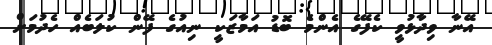
އޭނާ ވިދާޅުވީ ކެފޭގެ އެންމެ ބޮޑު އަމާޒަކީ ނިއުގެ ފޭން ކުލަބެއް ހެދުމަށް